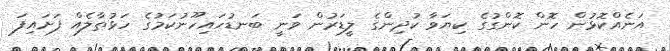
އަނެއްކޮޅުން ހޮން ކޮންގުގެ ކިޔަވާ ކުދިންގެ ލީޑަރުން ވަނީ ބަނޑުހައިހޫނުކަމުގެ ހަޅުތާލެއް ފަށައިފަ